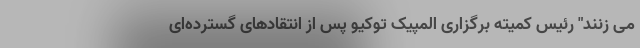
می زنند" رئیس کمیته برگزاری المپیک توکیو پس از انتقادهای گسترده‌ای